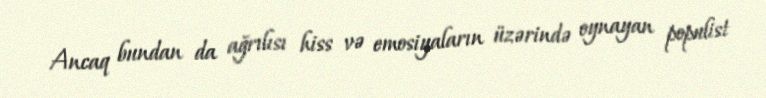
Ancaq bundan da ağrılısı hiss və emosiyaların üzərində oynayan populist